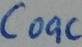
Text: C00C